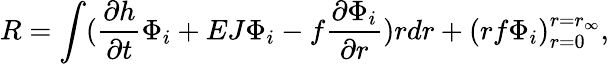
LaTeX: R=\int(\frac{\partial h}{\partial t}\Phi_{i}+EJ\Phi_{i}-f\frac{\partial\Phi_{i}}{\partial r})rdr+(rf\Phi_{i})_{r=0}^{r=r_{\infty}},